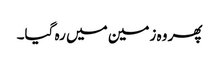
پھر وہ زمین میں رہ گیا۔